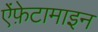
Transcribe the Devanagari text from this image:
ऐंफ़ेटामाइन